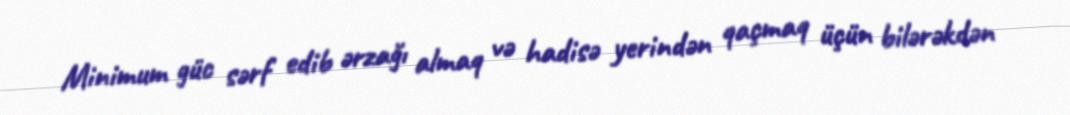
Minimum güc sərf edib ərzağı almaq və hadisə yerindən qaçmaq üçün bilərəkdən